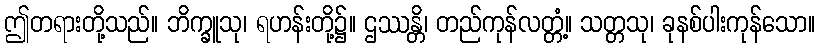
ဤတရားတို့သည်။ ဘိက္ခူသု၊ ရဟန်းတို့၌။ ဌဿန္တိ၊ တည်ကုန်လတ္တံ့။ သတ္တသု၊ ခုနစ်ပါးကုန်သော။